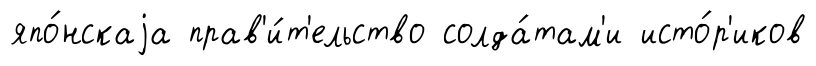
япо́нскаjа прав'и́т'ельство солда́там'и исто́р'иков